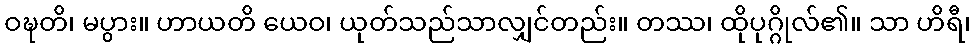
ဝဍ္ဎတိ၊ မပွား။ ဟာယတိ ယေဝ၊ ယုတ်သည်သာလျှင်တည်း။ တဿ၊ ထိုပုဂ္ဂိုလ်၏။ သာ ဟိရီ၊